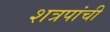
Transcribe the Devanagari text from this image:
शत्रपांची